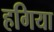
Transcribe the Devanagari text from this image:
हगिया